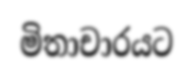
මිතාචාරයට